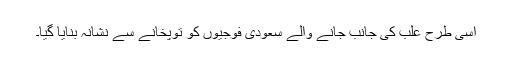
اسی طرح علب کی جانب جانے والے سعودی فوجیوں کو توپخانے سے نشانہ بنایا گیا۔